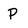
Character: P